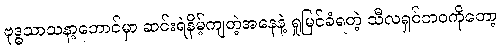
ဗုဒ္ဓသာသနာ့ဘောင်မှာ ဆင်းရဲနိမ့်ကျတဲ့အနေနဲ့ ရှုမြင်ခံရတဲ့ သီလရှင်ဘဝကိုတော့